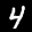
Label: 4